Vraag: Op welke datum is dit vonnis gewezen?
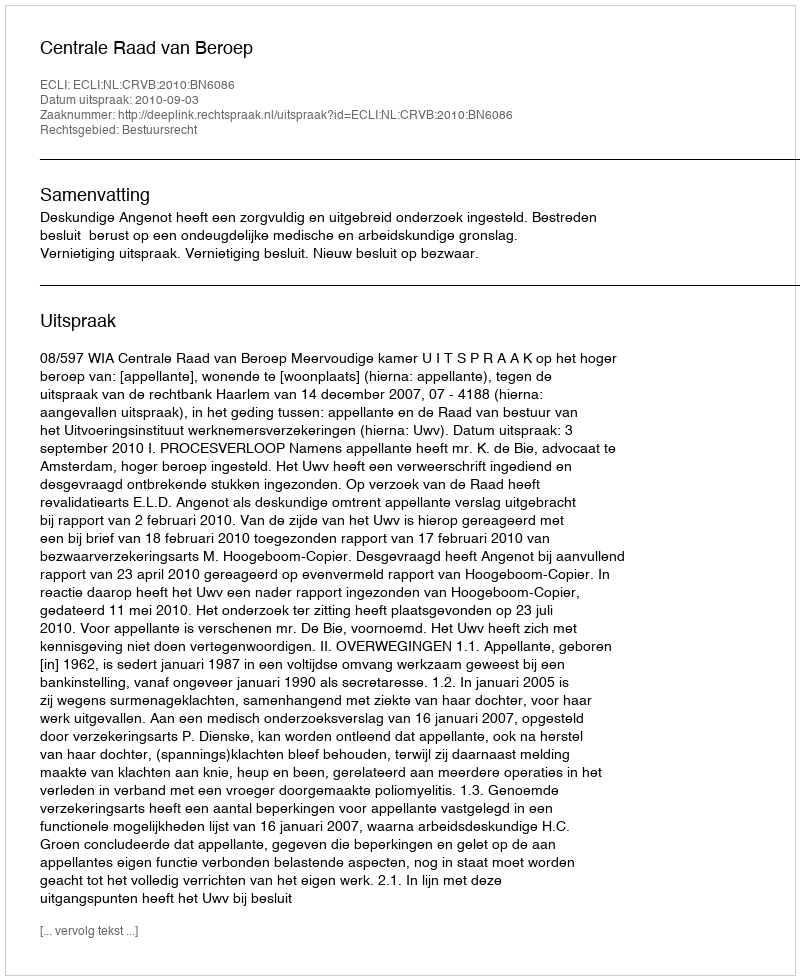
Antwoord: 2010-09-03